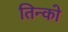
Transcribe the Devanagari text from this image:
तिन्को